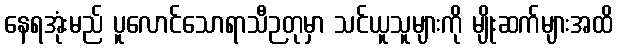
နေရအုံးမည် ပူလောင်သောရာသီဉတုမှာ သင်ယူသူများကို မျိုးဆက်များအထိ